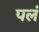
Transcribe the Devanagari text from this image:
पलं